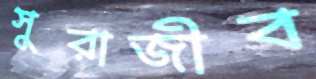
সুরাজীব